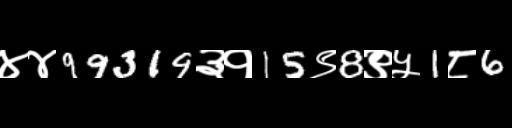
Text: ४४99319३१15९8९५1८6